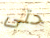
حتى